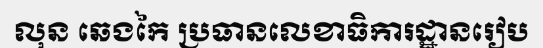
លុន ឆេងកៃ ប្រធានលេខាធិការដ្ឋានរៀប